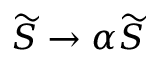
\widetilde { S } \to \alpha \widetilde { S }